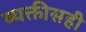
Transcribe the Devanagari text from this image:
व्यक्तीसही